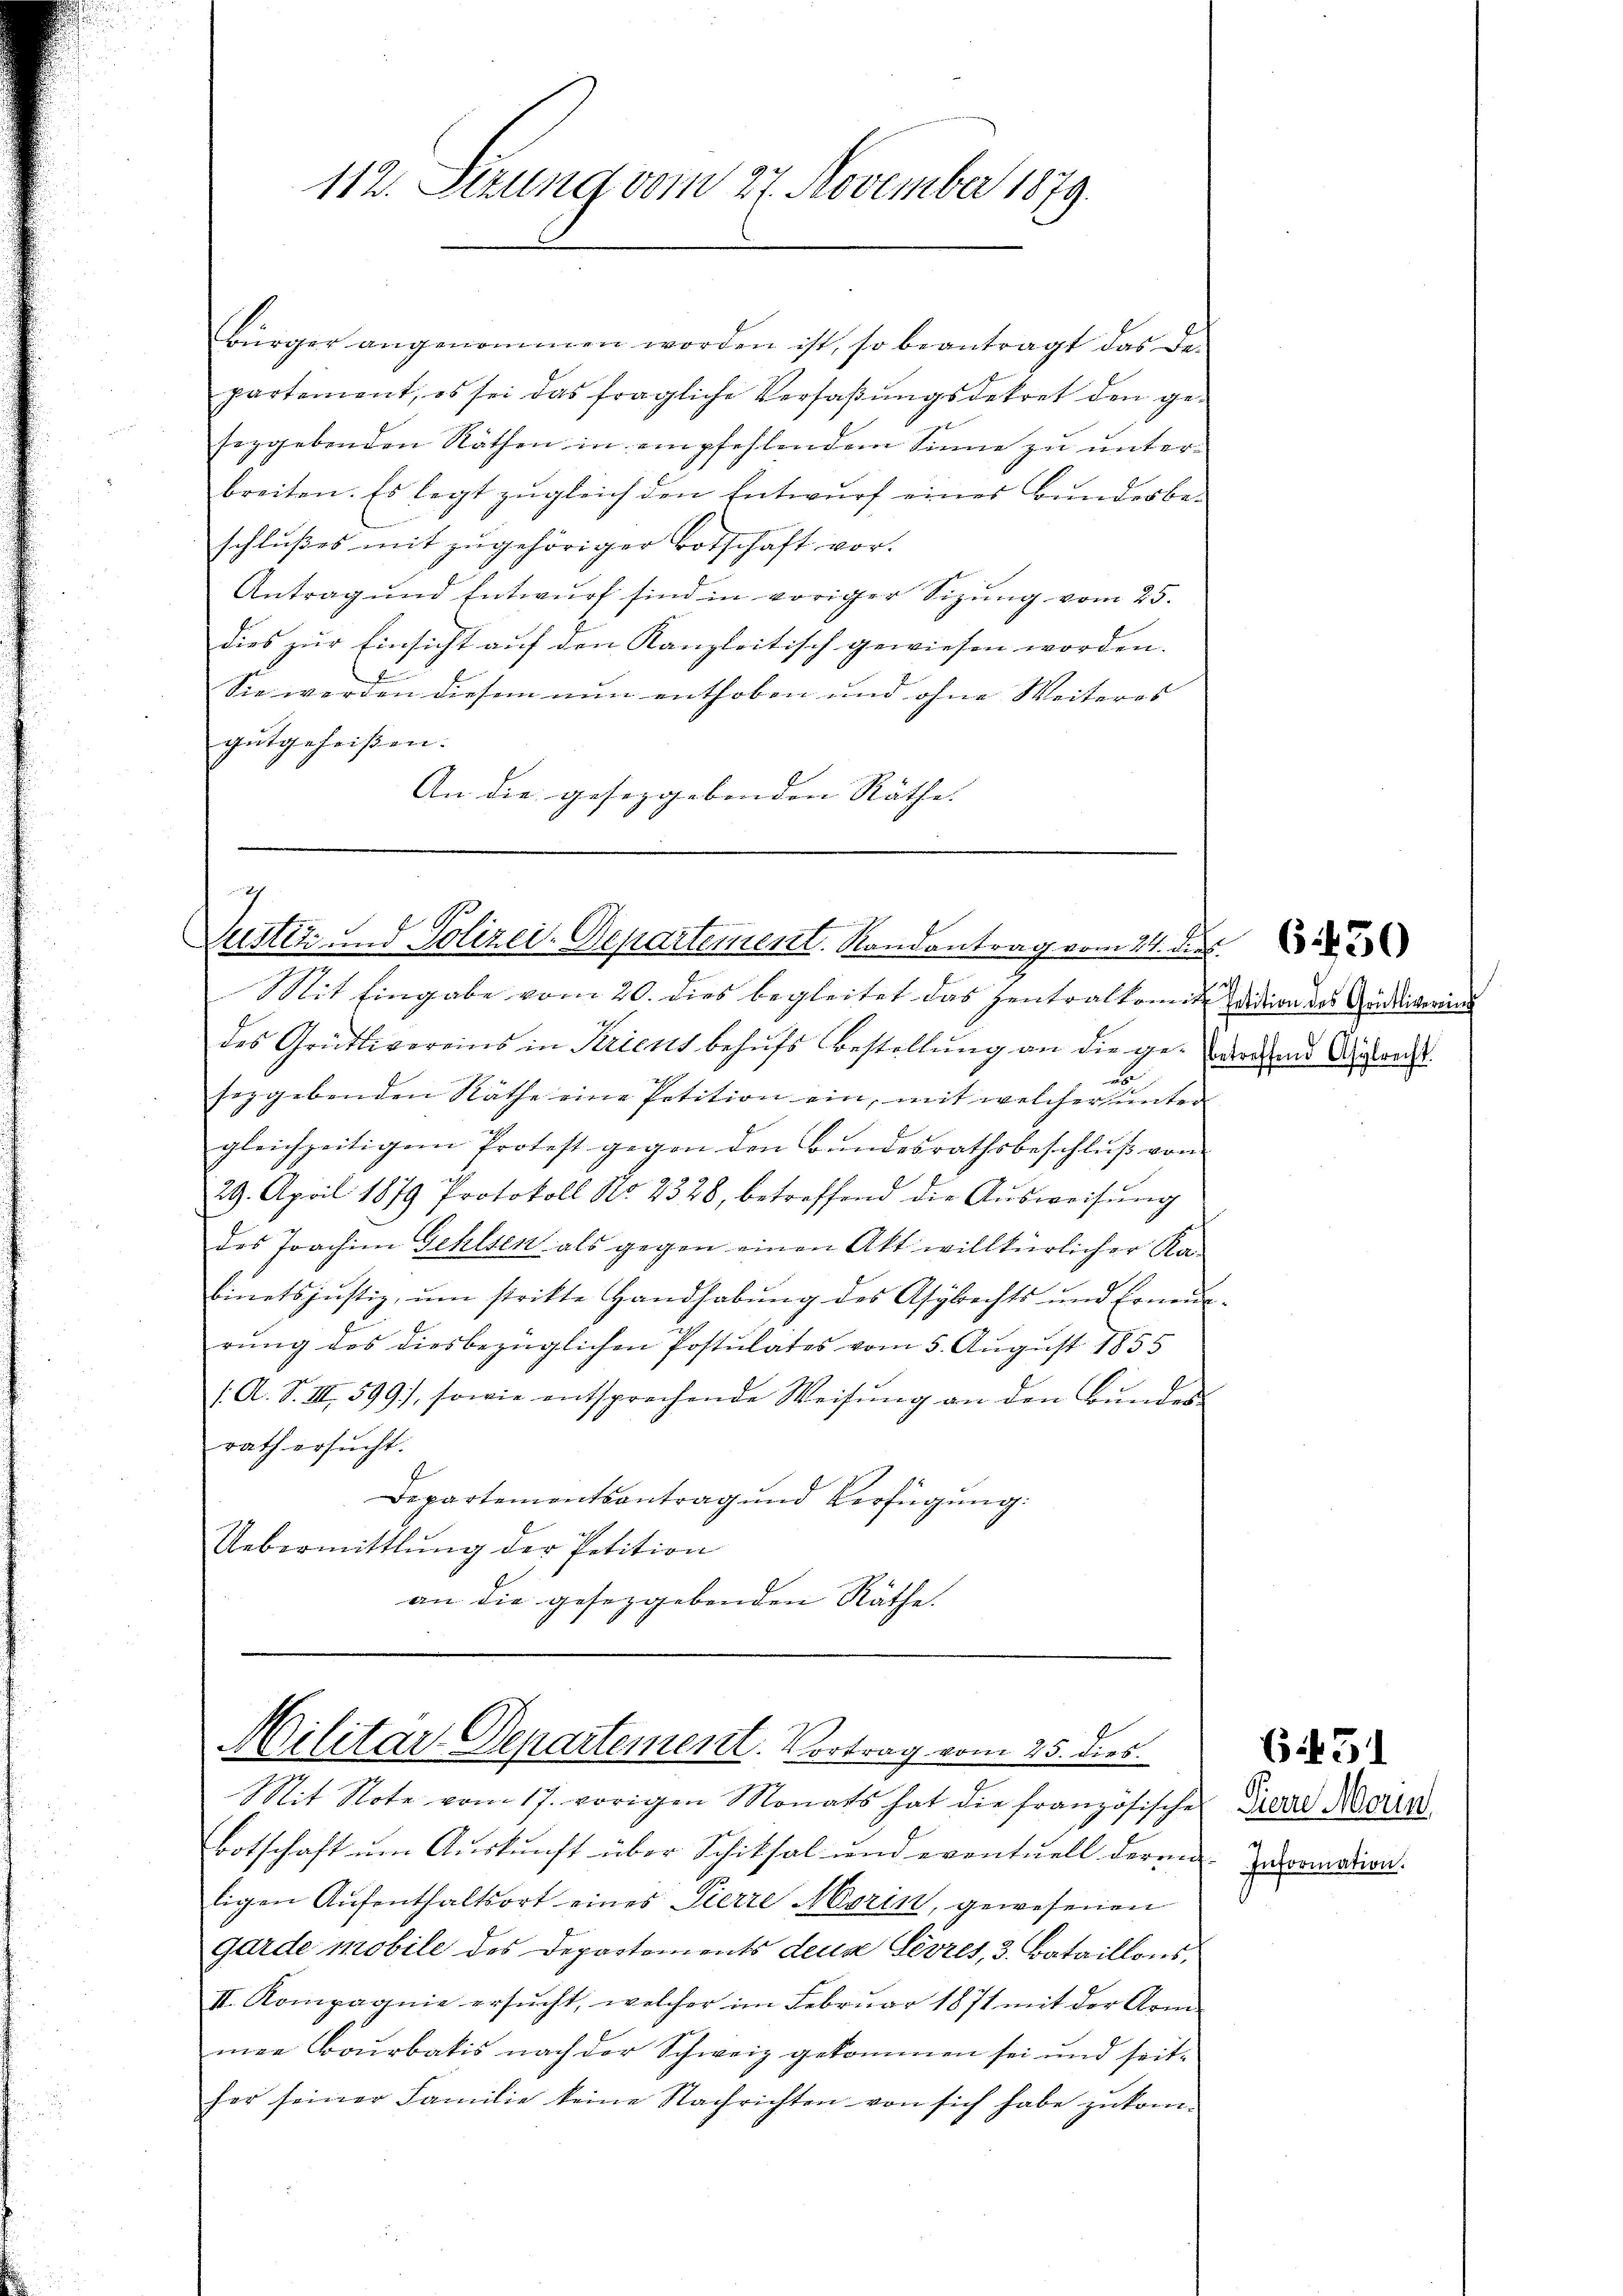
112. Sezung vom 27. November 1879.

Bürger angenommen worden ist, so beantragt das Departement, es sei das fragliche Verfaßungsdekret den geseggebenden Räthen in empfehlendem Sinne zu unterbreiten. Es legt zŭgleich den Entwŭrf eines Bŭndesbe-
schlußes mit zugehöriger Botschaft vor.
Antrag und Entwurf sind in voriger Sizung vom 25.
dies zur Einsicht auf den Kanzleitisch gewiesen worden.
Sie werden diesem nun enthoben und ohne Weiteres
gutgeheißen.
An die geseggebenden Räthe. |

h
Zustiz und Polizei-Departement. Randantrag vom 24. de

Mit Eingabe vom 20. dies begleitet das Zentralkomite Wision des Andrickering
des Grütlivereins in Seriens behufs Bestellung an die geworden Antracht
a
soggebenden Räthe eine Petition ein, mit welcher unter
gleichzeitigem Protest gegen den Bŭndesrathsbeschlŭβ von
29. April 1879 Protokoll No 2328, betreffend die Aŭsweisŭng
des Joachim Gehlsen als gegen einen Akt willkürlicher Kabinetsjustiz, ŭm strikte Handhabŭng des Asylechts und Erneur-
rung des diesbezüglichen Postulates vom 5. August 1855
/. A. S. III 599), sowie entsprechende Weisung an den Bundesrath ersŭcht.
Departementsantrag und Verfügung.
Uebermittlung der Petition
an die gesetzgebenden Räthe.

Militar-Departement. Vortrag vom 25. dies

Mit Note vom 17. vorigen Monats hat die französische
Botschaft um Auskunft über Schiksal und eventuell deren
ligen Aŭfenthaltsort eines Pierre Marin, gewesenen
Garde mobile des Departements Leua Sevres, 3. Bataillons,
II. Kompagnie ersucht, welcher im Februar 1871 mit der Arm
men Bourbatis nach der Schweiz gekommen sei und seit-
her seiner Familie keine Nachrichten von sich habe zukom¬

Sierre Morin
Information.

(i51